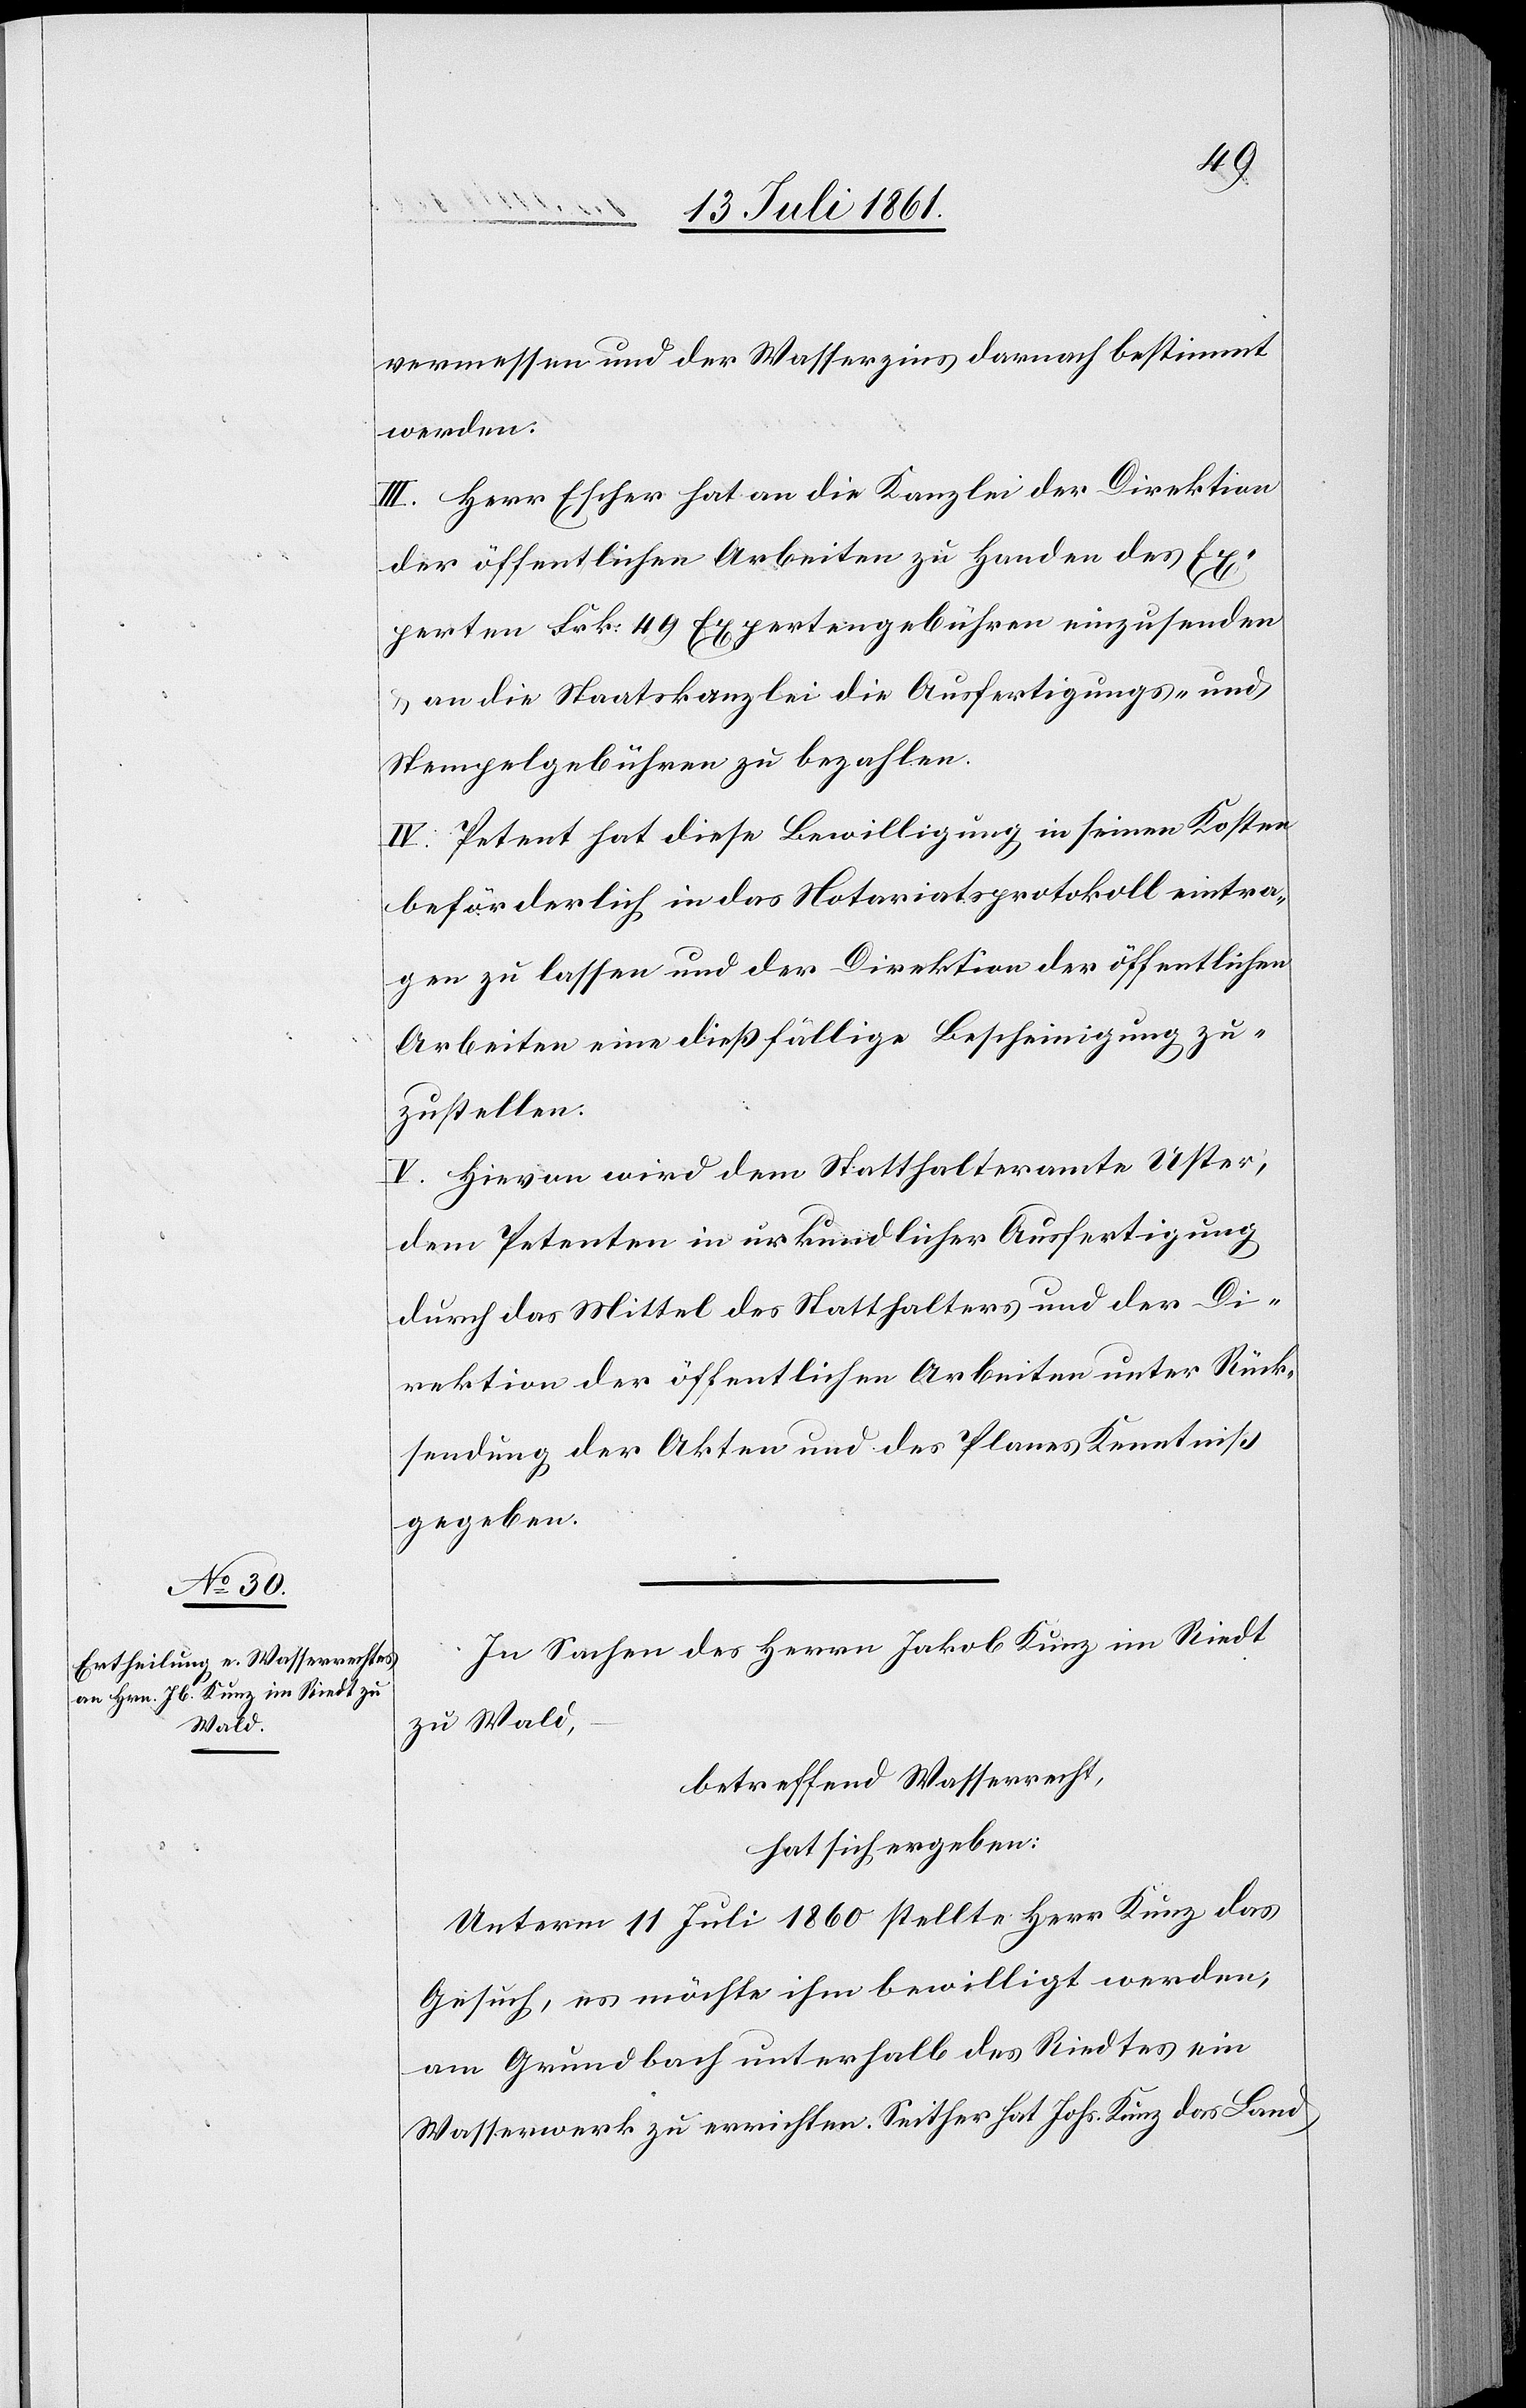
In Sachen des Herrn Jakob Kunz im Riedt
zu Wald,
betreffend Wasserrecht,
hat sich ergeben:
Unterm 11 Juli 1860 stellte Herr Kunz das
Gesuch, es möchte ihm bewilligt werden,
am Grundbach unterhalb des Riedtes ein
Wasserwerk zu errichten. Seither hat Johs. Kunz das Land